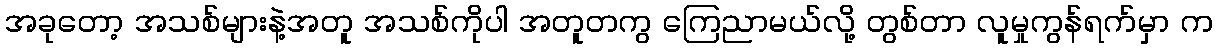
အခုတော့ အသစ်များနဲ့အတူ အသစ်ကိုပါ အတူတကွ ကြေညာမယ်လို့ တွစ်တာ လူမှုကွန်ရက်မှာ က